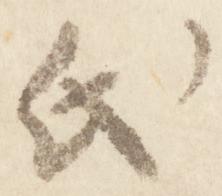
氏